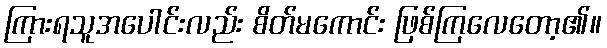
ကြားရသူအပေါင်းလည်း စိတ်မကောင်း ဖြစ်ကြလေတော့၏။